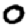
Digit: 0